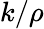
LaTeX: k/\rho